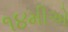
૧૪મીએ